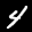
Label: 4